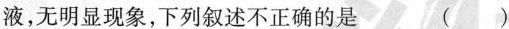
液，无明显现象，下列叙述不正确的是 ()